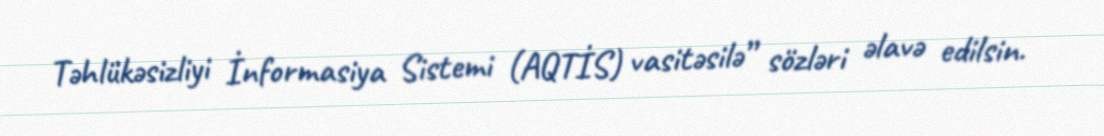
Təhlükəsizliyi İnformasiya Sistemi (AQTİS) vasitəsilə” sözləri əlavə edilsin.